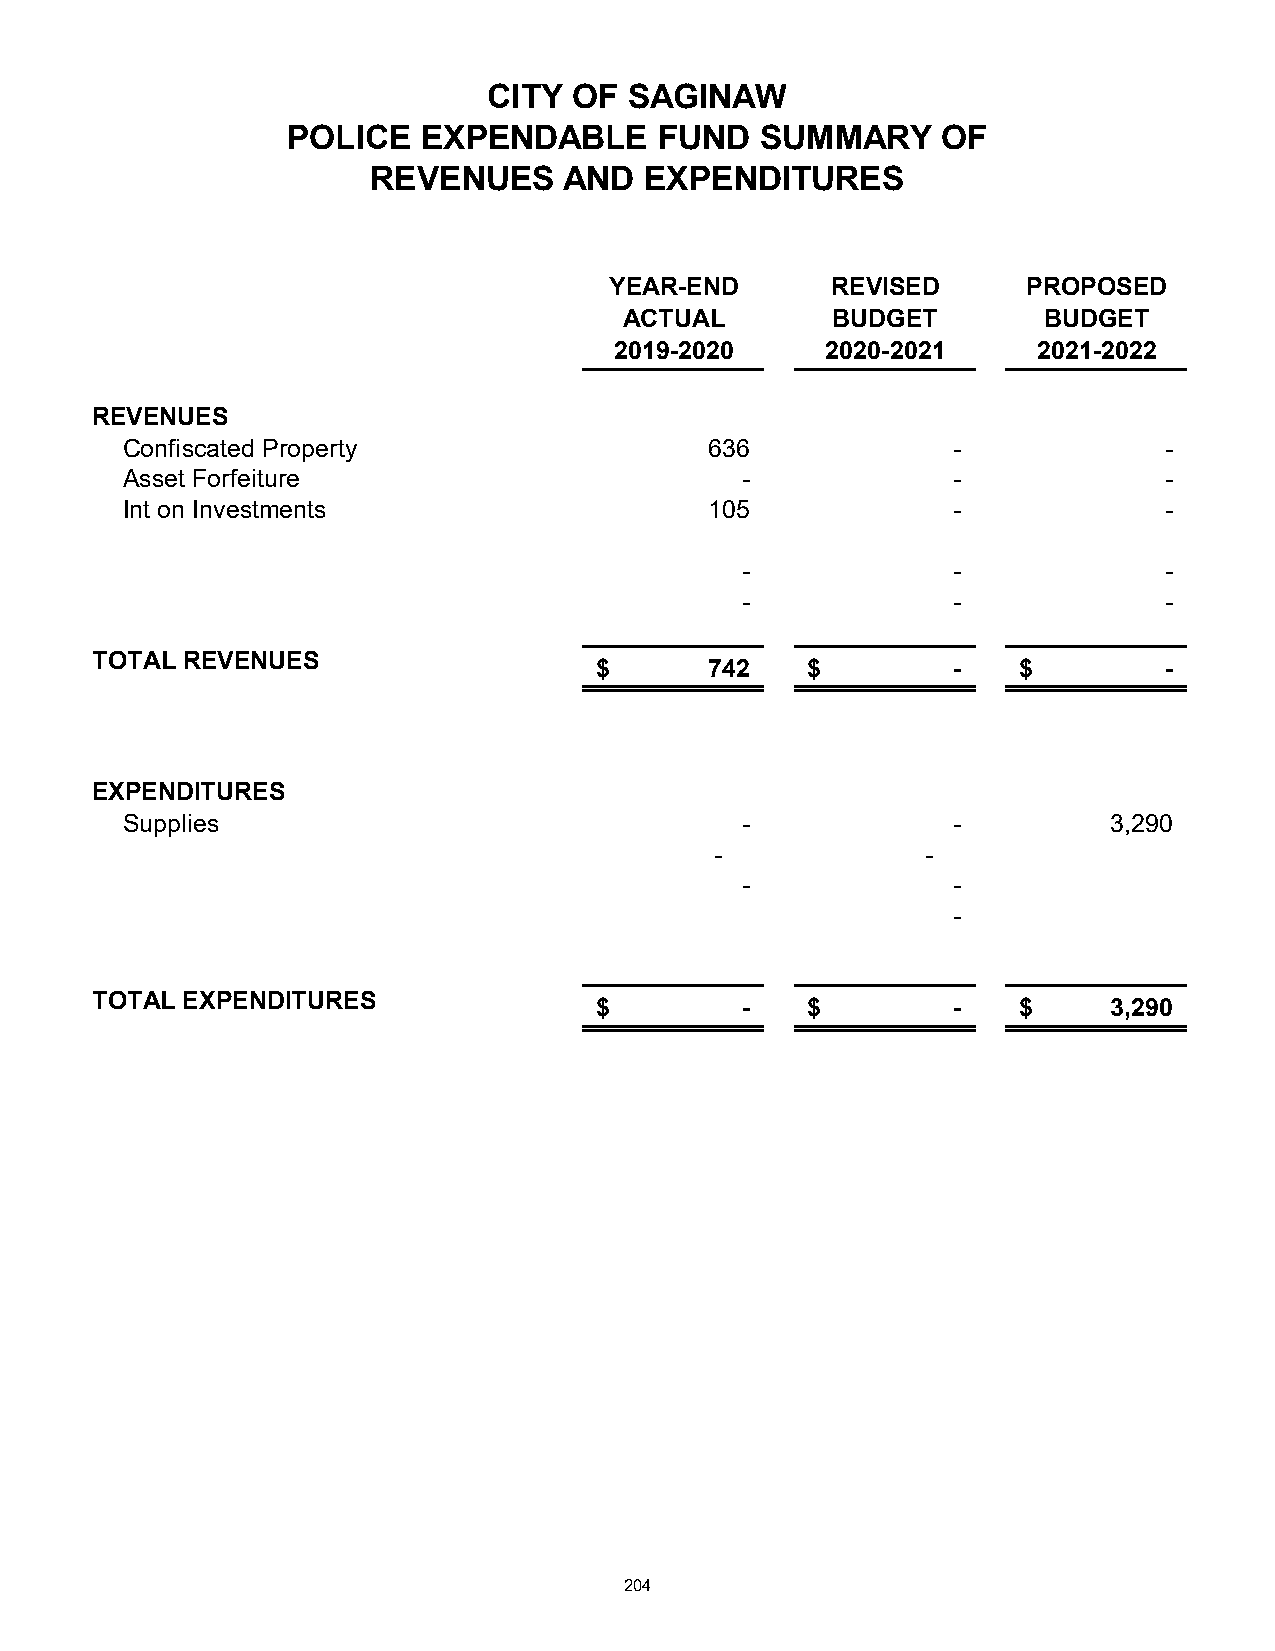
CITY  OF  SAGINAW
 POLICE   EXPENDABLE      FUND  SUMMARY     OF
 REVENUES    AND   EXPENDITURES
 YEAR-END       REVISED      PROPOSED
 ACTUAL        BUDGET        BUDGET
 2019-2020     2020-2021     2021-2022
 REVENUES
 Confiscated Property                   636             -             -
 Asset Forfeiture                         -             -             -
 Int on Investments                     105             -             -
 -             -             -
 -             -             -
 TOTAL REVENUES
 $       742   $         -   $         -
 EXPENDITURES
 Supplies                                 -             -          3,290
 -             -
 -             -
 -
 TOTAL EXPENDITURES
 $         -   $         -   $      3,290
 204